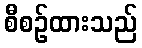
စီစဉ်ထားသည်